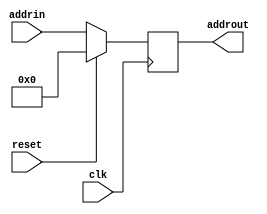
`timescale 1ns/1ps
module PC (
    input clk,
    input reset,
    input [31:0] addrin,
    output reg [31:0] addrout
);
    initial begin
        addrout = 0;
    end
    always @(posedge clk) begin
        if(reset == 1) 
            addrout = 0;
        else
            addrout = addrin;
    end
endmodule